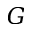
G